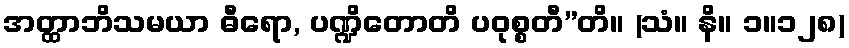
အတ္ထာဘိသမယာ ဓီရော, ပဏ္ဍိတောတိ ပဝုစ္စတီ”တိ။ (သံ။ နိ။ ၁။၁၂၈)